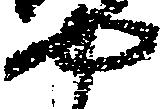
や